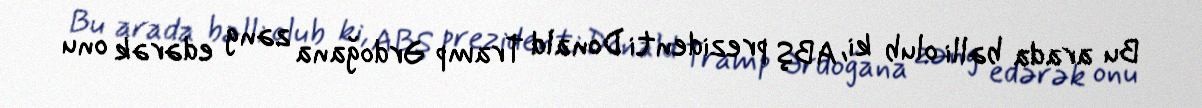
Bu arada bəlli olub ki, ABŞ prezidenti Donald Tramp Ərdoğana zəng edərək onu